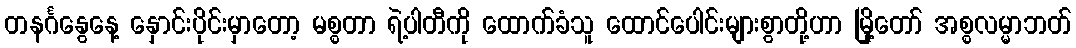
တနင်္ဂနွေနေ့ နှောင်းပိုင်းမှာတော့ မစ္စတာ ရဲ့ပါတီကို ထောက်ခံသူ ထောင်ပေါင်းများစွာတို့ဟာ မြို့တော် အစ္စလမ္မာဘတ်